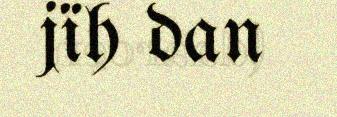
jïh dan